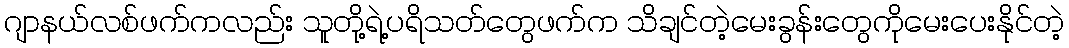
ဂျာနယ်လစ်ဖက်ကလည်း သူတို့ရဲ့ပရိသတ်တွေဖက်က သိချင်တဲ့မေးခွန်းတွေကိုမေးပေးနိုင်တဲ့